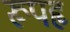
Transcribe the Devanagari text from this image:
रूपहृ